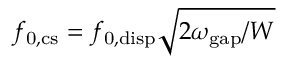
f _ { \mathrm { 0 , c s } } = f _ { \mathrm { 0 , d i s p } } \sqrt { 2 \omega _ { \mathrm { g a p } } / W }